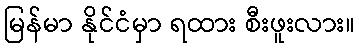
မြန်မာ နိုင်ငံမှာ ရထား စီးဖူးလား။